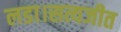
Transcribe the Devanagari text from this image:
लडा।सत्यजीत